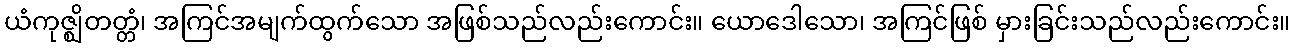
ယံကုဇ္ဈိတတ္တံ၊ အကြင်အမျက်ထွက်သော အဖြစ်သည်လည်းကောင်း။ ယောဒေါသော၊ အကြင်ဖြစ် မှားခြင်းသည်လည်းကောင်း။